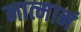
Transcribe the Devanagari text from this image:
नात्मानं